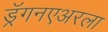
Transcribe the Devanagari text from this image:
ड्रॅगनएअरला